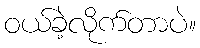
ဝယ်ခဲ့လိုက်တာပဲ။